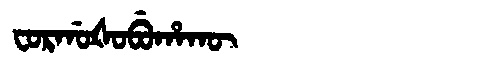
Manchu: ᠸᠣᡵᡤᠣᡧᠣᠪᡠᡥᠠᡴᡡ
Romanization: FORGOŠOBUHAKŪ